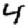
Digit: 4